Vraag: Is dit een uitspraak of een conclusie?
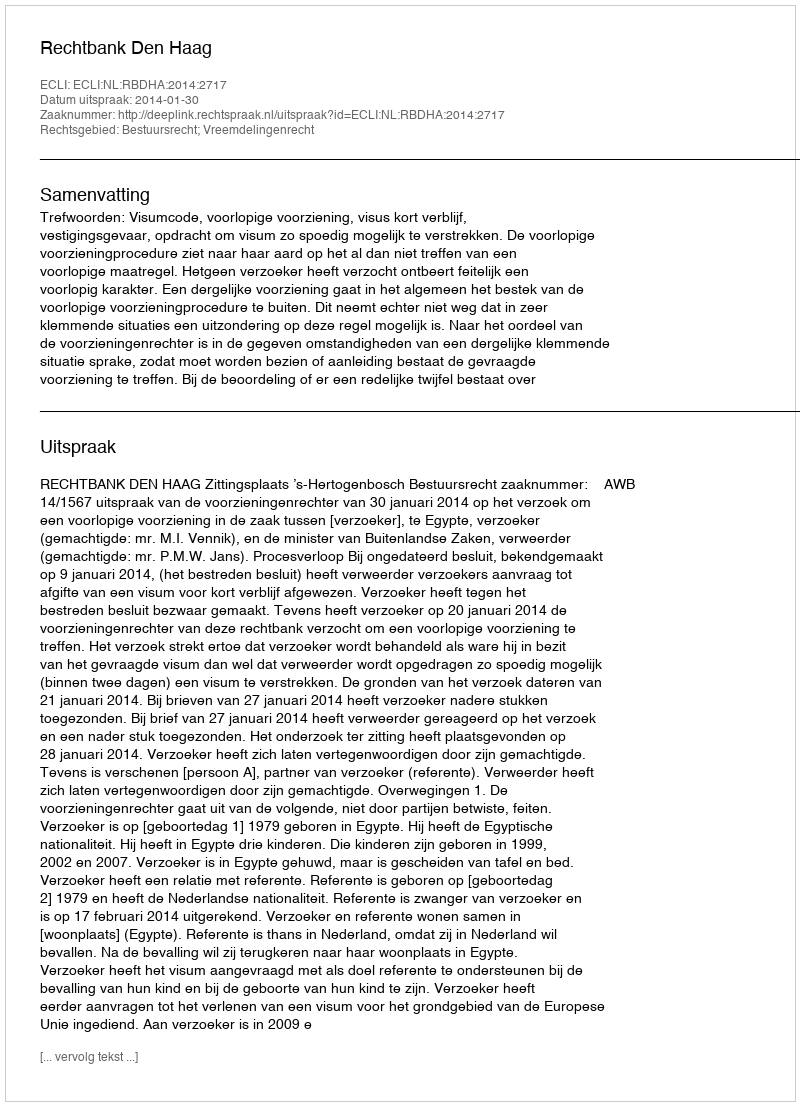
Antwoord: Uitspraak